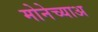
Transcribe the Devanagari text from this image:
मोनेच्याअ